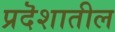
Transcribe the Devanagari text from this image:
प्रदॆशातील